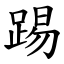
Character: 踢